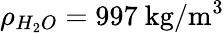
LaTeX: \rho_{H_{2}O}=997~\mathrm{kg/m^{3}}